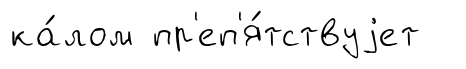
ка́лом пр'еп'я́тствуjет